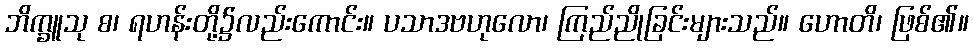
ဘိက္ခူသု စ၊ ရဟန်းတို့၌လည်းကောင်း။ ပသာဒဗဟုလော၊ ကြည်ညိုခြင်းများသည်။ ဟောတိ၊ ဖြစ်၏။